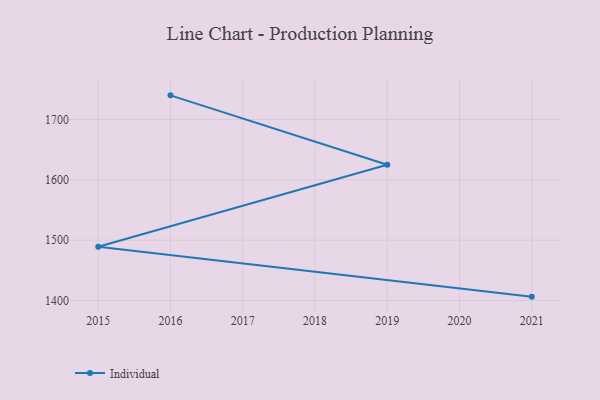
{"axis": {"x": "Year", "y": "Conversion Rate (%)"}, "legend": ["Individual"], "data": [{"x": "2016", "y": 1740.0, "type": "Individual"}, {"x": "2019", "y": 1625.0, "type": "Individual"}, {"x": "2015", "y": 1488.9, "type": "Individual"}, {"x": "2021", "y": 1406.3, "type": "Individual"}]}